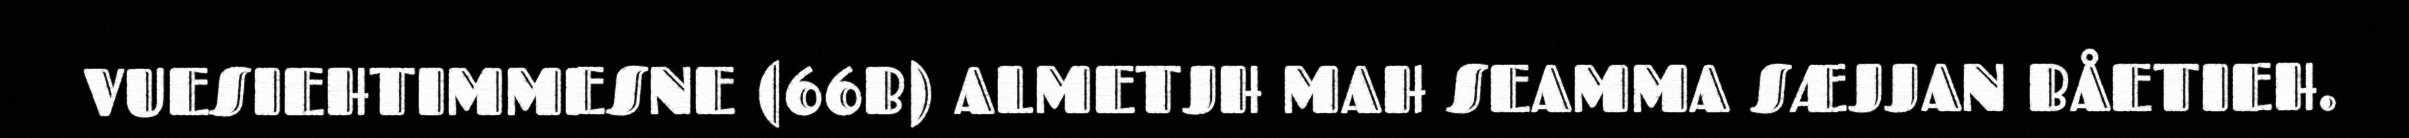
VUESIEHTIMMESNE (66B) ALMETJH MAH SEAMMA SÆJJAN BÅETIEH.